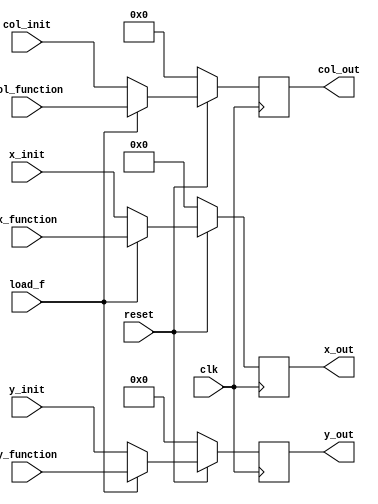
module Vga_Input_Selector(
    input clk,
	input reset,
	input load_f,
	
	input [8:0] x_function,
	input [7:0] y_function,
	input [5:0] col_function,
	
	input [8:0] x_init,
	input [7:0] y_init,
	input [5:0] col_init,
	
	output reg [8:0] x_out,
	output reg [7:0] y_out,
	output reg [5:0] col_out
	);
	
	/*
	Module that stores values going into the VGA to determine what is
	plotted.  Controls where input is taken from.
	*/
	
	// Set input for output regs
	always @(posedge clk)
	begin
	    if (reset == 1'b0) begin
			x_out <= {9{1'b0}};
			y_out <= {8{1'b0}};
			col_out <= {3{1'b0}};
			end
		else if (load_f) begin
		    x_out <= x_function;
			y_out <= y_function;
			col_out <= col_function;
			end
		else begin
		    x_out <= x_init;
			y_out <= y_init;
			col_out <= col_init;
		end
	end
endmodule